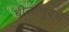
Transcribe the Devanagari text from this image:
बीजाणुवर्ण